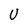
Character: U